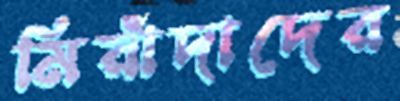
মিয়াঁদাদের